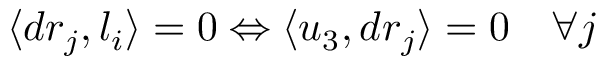
\langle d r _ { j } , l _ { i } \rangle = 0 \Leftrightarrow \langle u _ { 3 } , d r _ { j } \rangle = 0 \quad \forall j